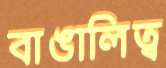
বাঙালিত্ব